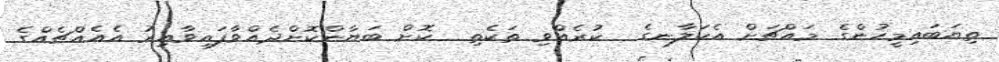
ތިޔަބައިމީހުންގެ މައްޗަށް އެކަލާނގެ  ކުރެއްވި ތަކެތި  ކޮށް ބަޔާންކޮށްދެއްވާފައިވާއިރު އެއެއްޗެއްގެ